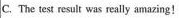
C.The test result was really amazing!